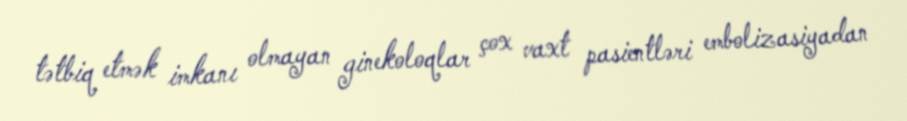
tətbiq etmək imkanı olmayan ginekoloqlar çox vaxt pasientləri embolizasiyadan